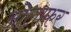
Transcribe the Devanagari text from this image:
ओलाफर